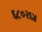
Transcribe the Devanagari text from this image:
६८०२६४